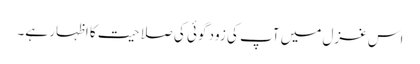
اس غزل میں آپ کی زود گوئی کی صلاحیت کا اظہار ہے۔